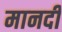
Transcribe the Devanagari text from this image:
मानदी